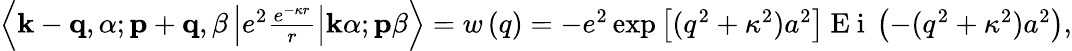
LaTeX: \begin{array}{r}{\left\langle\textbf{k}-\mathbf{q},\alpha;\textbf{p}+\mathbf{q},\beta\left|e^{2}\frac{e^{-\kappa r}}{r}\right|\textbf{k}\alpha;\textbf{p}\beta\right\rangle=w\left(q\right)=-e^{2}\exp\left[(q^{2}+\kappa^{2})a^{2}\right]\mathrm{~E~i~}\left(-(q^{2}+\kappa^{2})a^{2}\right),}\end{array}